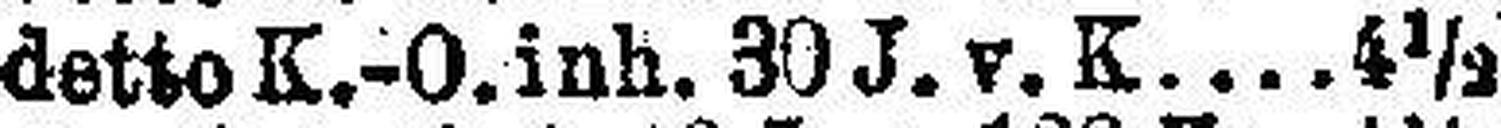
detto K.-O. inh. 30 J. v. K 4½